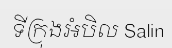
ទីក្រុងអំបិល Salin